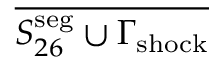
\overline { { S _ { 2 6 } ^ { \mathrm { s e g } } \cup \Gamma _ { \mathrm { { s h o c k } } } } }